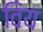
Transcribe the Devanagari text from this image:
विंय